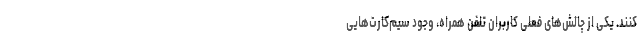
کنند. یکی از چالش‌های فعلی کاربران تلفن همراه، وجود سیم‌کارت‌هایی